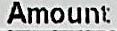
AMOUNT